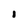
Character: I